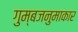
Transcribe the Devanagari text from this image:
गुम्बजनुमाकार